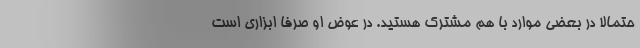
حتمالاً در بعضی موارد با هم مشترک هستید. در عوض او صرفاً ابزاری است